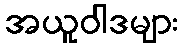
အယူဝါဒများ